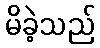
မိခဲ့သည်